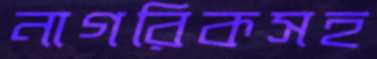
নাগরিকসহ